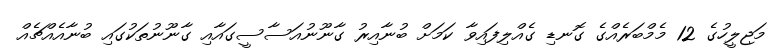
މަޖިލީހުގެ 12 މެމްބަރެއްގެ ގޮނޑި ގެއްލިފައިވާ ކަމަށް ބުނާއިރު ގާނޫނުއަސާސީގައާއި ގާނޫނުތަކުގައި ބުނާއެއްޗެއް